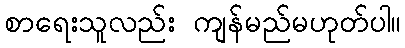
စာရေးသူလည်း ကျန်မည်မဟုတ်ပါ။